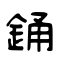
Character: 銿